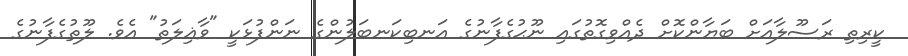
ކީރިތި ރަސޫލާއަށް ބަޔާންކޮށް ދެއްވިގޮތުގައި ނޫޙުގެފާނުގެ އަނބިކަނބަލުންގެ ނަންފުޅަކީ "ވާޣިލަތު" އެވެ. ލޫޠުގެފާނުގެ